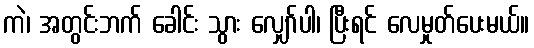
ကဲ၊ အတွင်းဘက် ခေါင်း သွား လျှော်ပါ၊ ပြီးရင် လေမှုတ်ပေးမယ်။